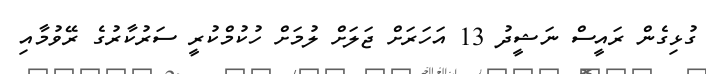
ގުޅިގެން ރައީސް ނަޝީދު 13 އަހަރަށް ޖަލަށް ލުމަށް ހުކުމްކުރީ ސަރުކާރުގެ ރޭވުމާއި